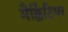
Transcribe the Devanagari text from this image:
मैक्लिंटियर